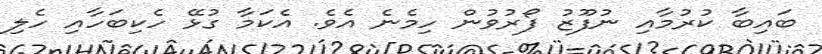
ބައިބާ ކުރުމާއި ނުފޫޒު ފޯރުވުން ހިމެނެ އެވެ. އެކަމާ ގުޅޭ ހެކިބަހާއި ހެލި